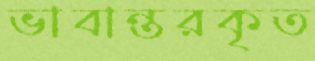
ভাবান্তরকৃত